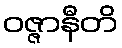
ဝဇ္ဇာနီတိ